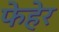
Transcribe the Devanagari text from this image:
फेहेर